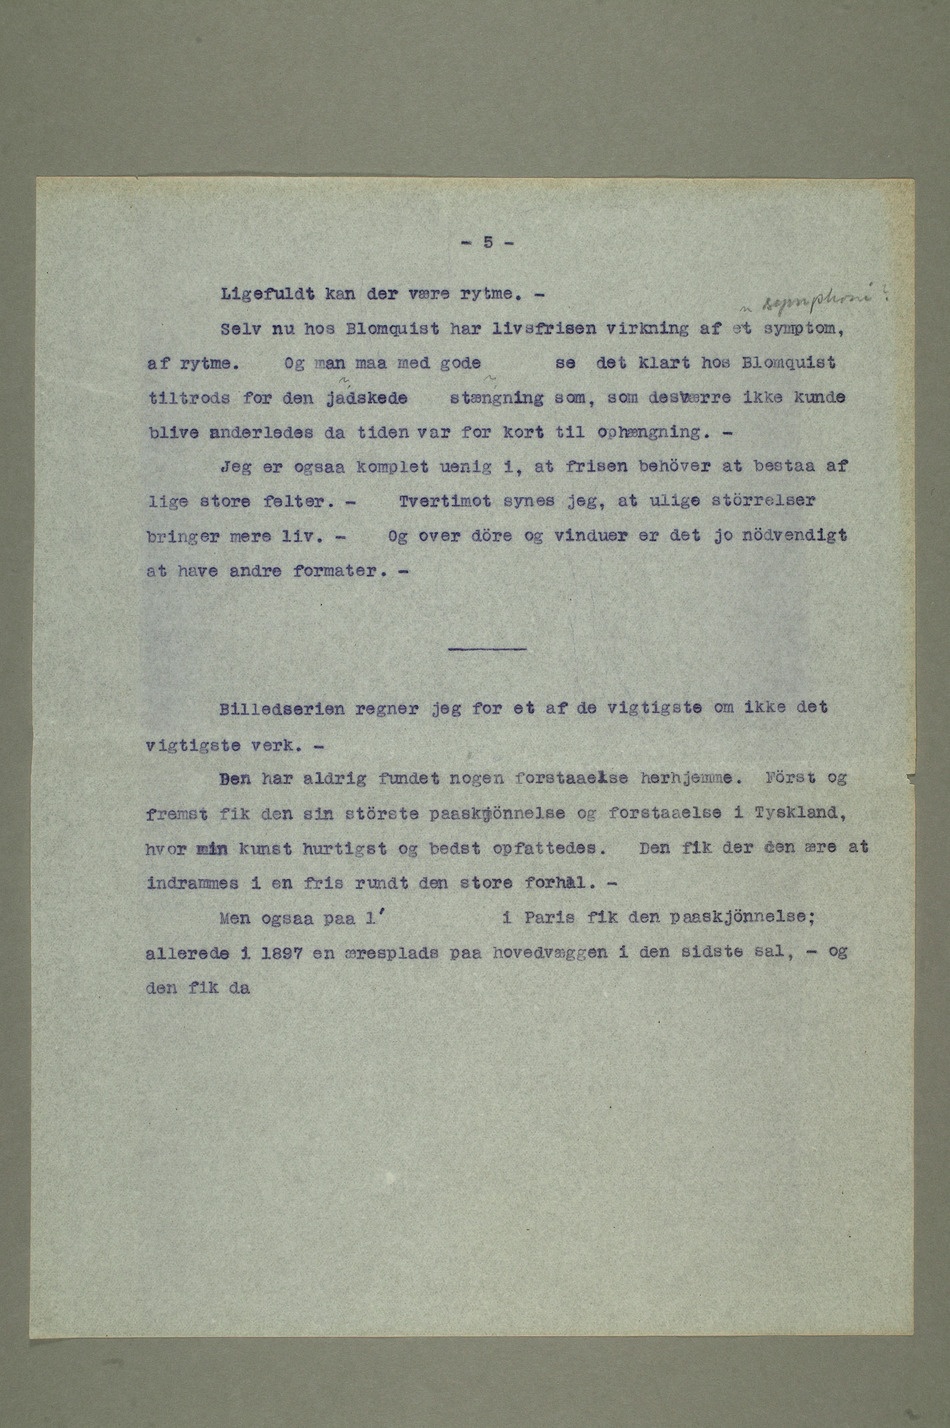
– Ligefuldt kan der være rytme.
– Selv nu hos Blomquist har livsfrisen virkning af et symtom, i
af rytme.Og man maa med godese det klart hos Blomquist
tiltrods for den ?jadskede ?stængning som, som desværre ikke kunde
blive anderledes da tiden var for kort til ophængning.
– Jeg er ogsaa komplet uenig i, at frisen behøver at bestaa af
lige store felter. –Tvertimot synes jeg, at ulige størrelser
bringer mere liv. –Og over døre og vinder er det jo nødvendigt
at have andre formater.
– Billedserien regner jeg for et af de vigtigste om ikke det
vigtigste verk.
– Den har aldrig fundet nogen forstaaelse herhjemme. Først og
fremst fik den sin største paaskjønnelse og forstaaelse i Tyskland,
hvor min kunst hurtigst og bedst opfattedes. Den fik der den ære
at indrammes i en fris rundt den store forhal. –
5 i Paris fik den paaskjønnelse;
allerede i 1897 en æresplads paa hovedvæggen i den sidste sal, – og
den fik da